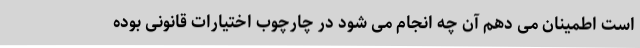
است اطمینان می دهم آن چه انجام می شود در چارچوب اختیارات قانونی بوده